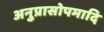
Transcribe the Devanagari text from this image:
अनुप्रासोपमादि